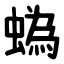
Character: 蟡